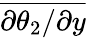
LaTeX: \overline{{{\partial\theta_{2}}/{\partial y}}}